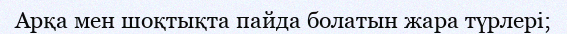
Арқа мен шоқтықта пайда болатын жара түрлері;